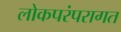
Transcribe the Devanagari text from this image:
लोकपरंपरागत